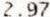
2.97